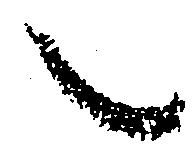
之